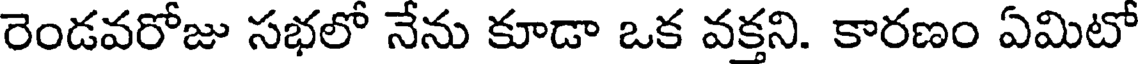
రెండవరోజు సభలో నేను కూడా ఒక వక్తని. కారణం ఏమిటో